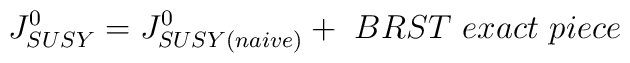
J^{0}_{SUSY} = J^{0}_{SUSY(naive)} +\  BRST\  exact\  piece